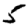
Digit: 5